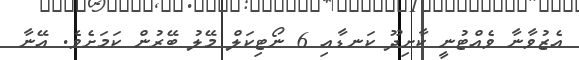
އެޒުވާނާ ވެއްޓުނީ ކާށިދޫ ކަނޑާއި 6 ނޯޓިކަލް މޭލު ބޭރުން ކަމަށެވެ. އޭނާ